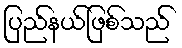
ပြည်နယ်ဖြစ်သည်